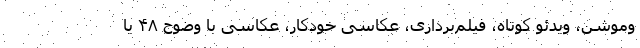
وموشن، ویدئو کوتاه، فیلم‌برداری، عکاسی خودکار، عکاسی با وضوح ۴۸ یا